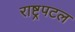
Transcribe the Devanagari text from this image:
राष्ट्रपटल